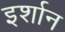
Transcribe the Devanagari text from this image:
इर्शान